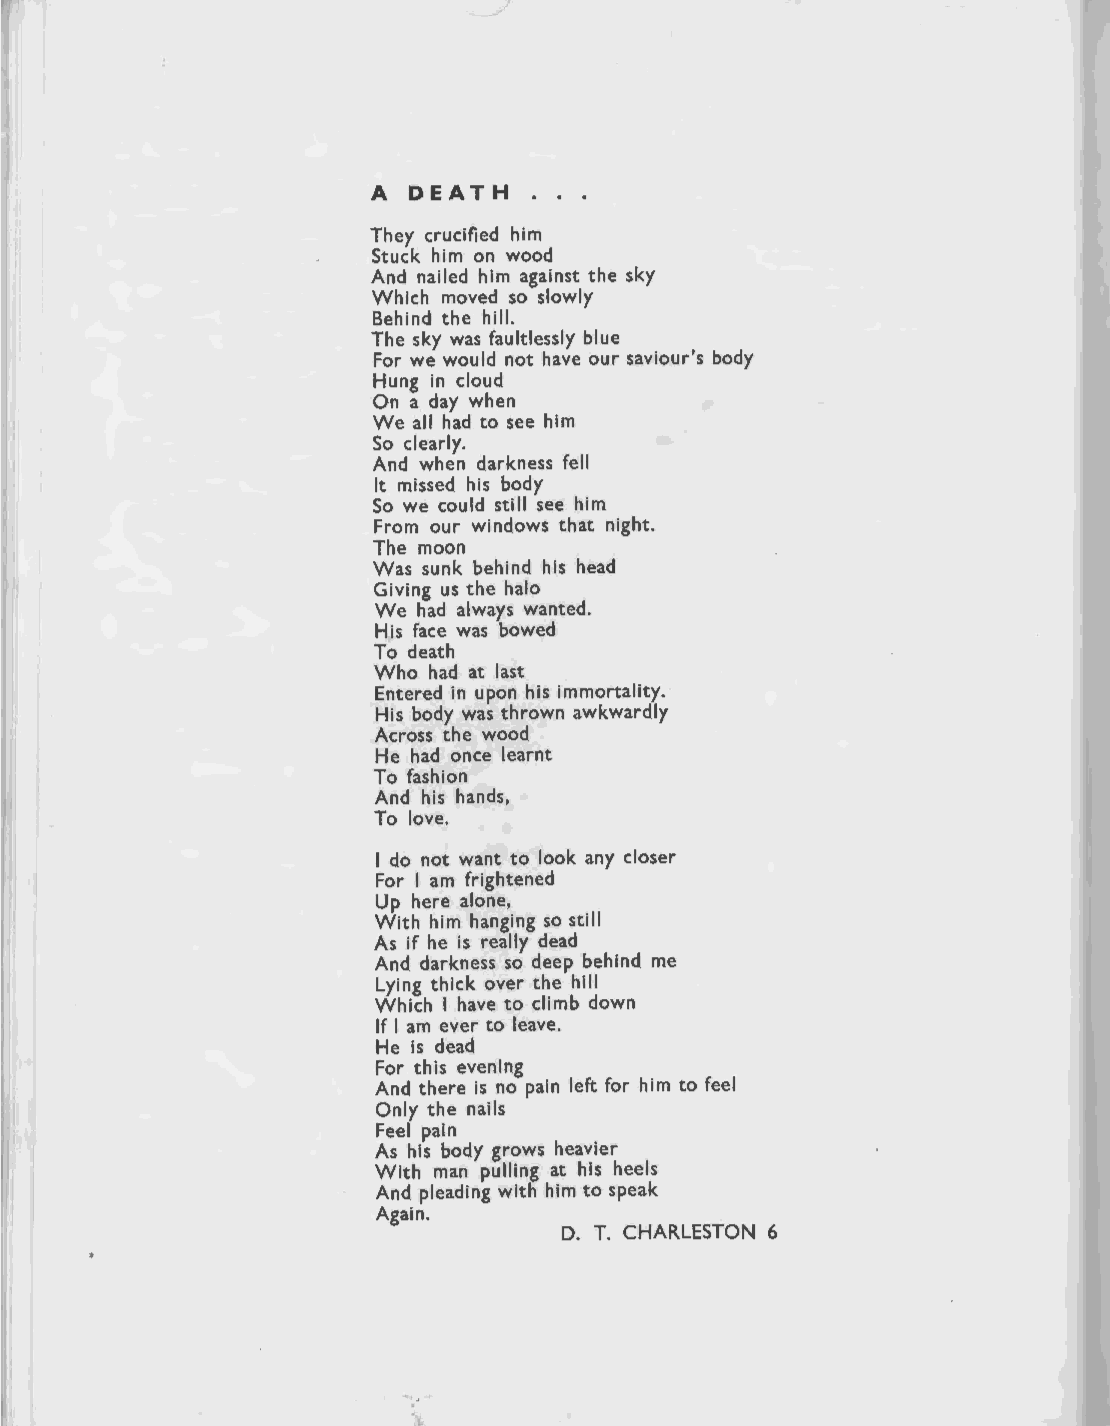
A DEATH
 They crucified him
 Stuck him on wood
 And nailed him against the sky
 Which moved so slowly
 Behind the hill.
 The sky was faultlessly blue
 For we would not have our saviour's body
 Hung in cloud
 On a day when
 We all had to see him
 So clearly.
 And when darkness fell
 It missed his body
 So we could still see him
 From our windows that night.
 The moon
 Was sunk behind his head
 Giving us the halo
 We had always wanted.
 His face was bowed
 To death
 Who had at last
 Entered in upon his immortality.
 His body was thrown awkwardly
 Across the wood
 He had once learnt
 To fashion
 And his hands,
 To love.
 I do not want to look any closer
 For I am frightened
 Up here alone,
 With him hanging so still
 As if he is really dead
 And darkness so deep behind me
 Lying thick over the hill
 Which I have to climb down
 If I am ever to leave.
 He is dead
 For this evening
 And there is no pain left for him to feel
 Only the nails
 Feel pain
 As his body grows heavier
 With man pulling at his heels
 And pleading with him to speak
 Again.
 D. T. CHARLESTON 6